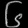
Digit: ၆